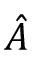
\hat { A }